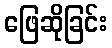
ဖြေဆိုခြင်း